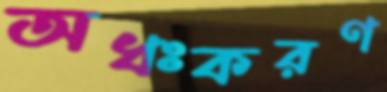
অধঃকরণ